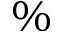
\%